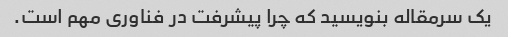
یک سرمقاله بنویسید که چرا پیشرفت در فناوری مهم است.